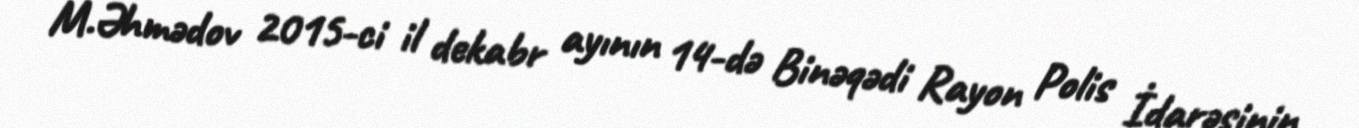
M.Əhmədov 2015-ci il dekabr ayının 14-də Binəqədi Rayon Polis İdarəsinin